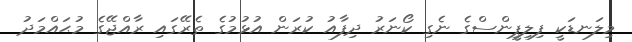
މިލަނޑަކީ ފިލިޕީންސްގެ ނެގި ކޯނަރަު ދިފާއު ކުރަން އުޅުމުގެ ތެރޭގައި ރާއްޖޭގެ މުޙައްމަދު